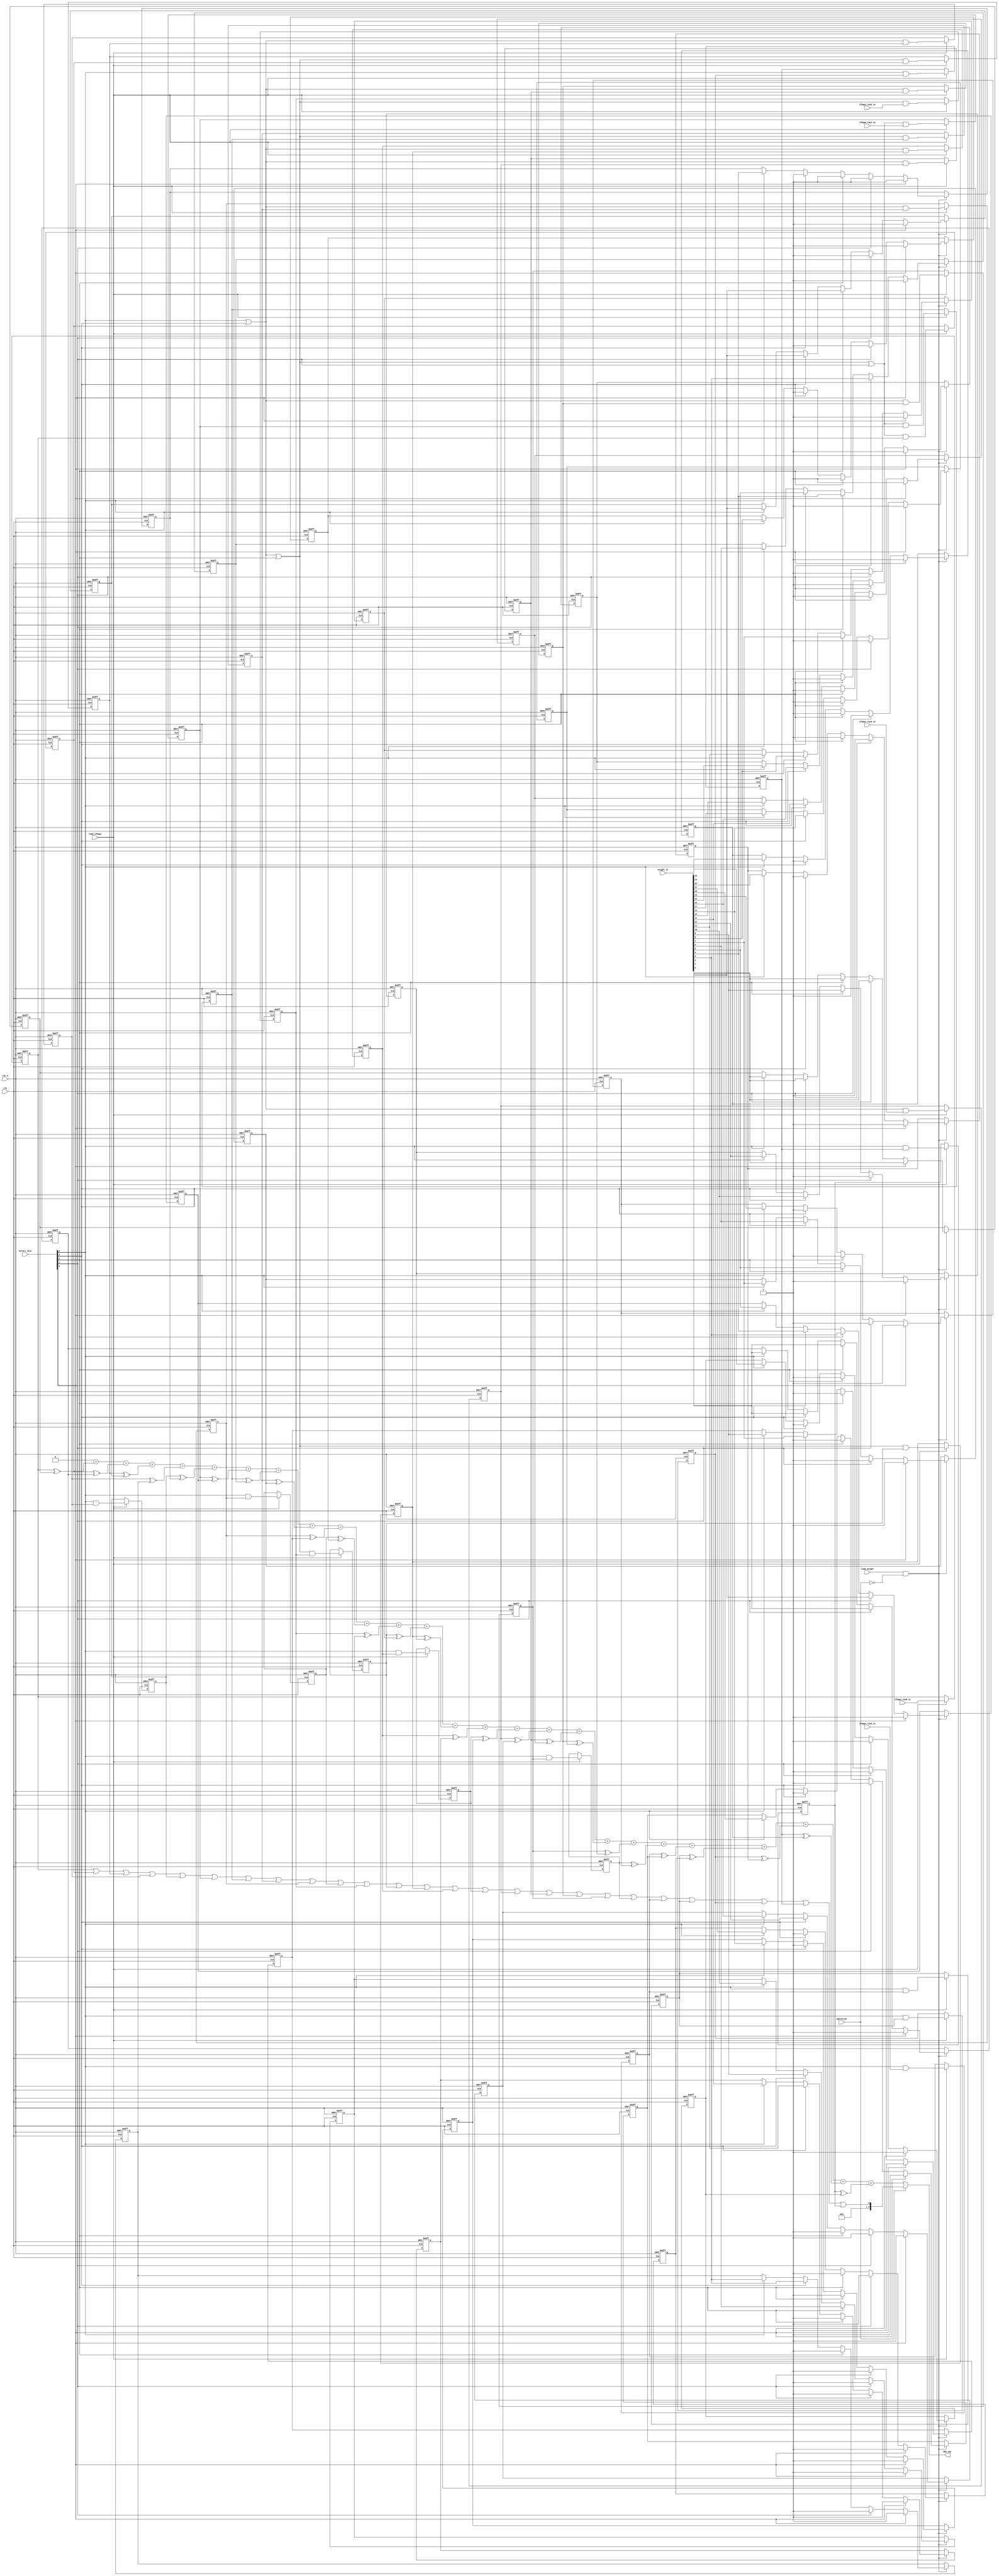
// This program was cloned from: https://github.com/space789/BNN-Hardware-accelerator
// License: MIT License

module ALU_old (
    //global
    input clk,
    input rst_n,

    //data
    input wire ifmaps_row0_in,
    input wire ifmaps_row1_in,
    input wire ifmaps_row2_in,
    input wire ifmaps_row3_in,
    input wire ifmaps_row4_in,

    input wire [24:0] weight_in,

    output wire [4:0] MAC_out,

    //control
    input wire load_ifmaps,
    input wire load_weight,

    input wire operation,
    input wire [4:0] kernel_size

);
    integer idx;

    reg ifmaps_reg_00,ifmaps_reg_01,ifmaps_reg_02,ifmaps_reg_03,ifmaps_reg_04;
    reg ifmaps_reg_10,ifmaps_reg_11,ifmaps_reg_12,ifmaps_reg_13,ifmaps_reg_14;
    reg ifmaps_reg_20,ifmaps_reg_21,ifmaps_reg_22,ifmaps_reg_23,ifmaps_reg_24;
    reg ifmaps_reg_30,ifmaps_reg_31,ifmaps_reg_32,ifmaps_reg_33,ifmaps_reg_34;
    reg ifmaps_reg_40,ifmaps_reg_41,ifmaps_reg_42,ifmaps_reg_43,ifmaps_reg_44;

    reg weight_reg_00,weight_reg_01,weight_reg_02,weight_reg_03,weight_reg_04;
    reg weight_reg_10,weight_reg_11,weight_reg_12,weight_reg_13,weight_reg_14;
    reg weight_reg_20,weight_reg_21,weight_reg_22,weight_reg_23,weight_reg_24;
    reg weight_reg_30,weight_reg_31,weight_reg_32,weight_reg_33,weight_reg_34;
    reg weight_reg_40,weight_reg_41,weight_reg_42,weight_reg_43,weight_reg_44;

    wire [24:0] xnor_op;
    reg [4:0] bitcount;

    wire pooling;
    assign pooling= ifmaps_reg_00|ifmaps_reg_01|ifmaps_reg_02|ifmaps_reg_03|ifmaps_reg_04|
                    ifmaps_reg_10|ifmaps_reg_11|ifmaps_reg_12|ifmaps_reg_13|ifmaps_reg_14|
                    ifmaps_reg_20|ifmaps_reg_21|ifmaps_reg_22|ifmaps_reg_23|ifmaps_reg_24|
                    ifmaps_reg_30|ifmaps_reg_31|ifmaps_reg_32|ifmaps_reg_33|ifmaps_reg_34|
                    ifmaps_reg_40|ifmaps_reg_41|ifmaps_reg_42|ifmaps_reg_43|ifmaps_reg_44;

    assign MAC_out = operation ? {4'd0,pooling}:bitcount;//pooling isnt implement

    wire kenel_2,kenel_3,kenel_4,kenel_5;
    assign kenel_2=(kernel_size[4]|kernel_size[3]|kernel_size[2]|kernel_size[1]);
    assign kenel_3=(kernel_size[4]|kernel_size[3]|kernel_size[2]);
    assign kenel_4=(kernel_size[4]|kernel_size[3]);
    assign kenel_5=(kernel_size[4]);

    assign xnor_op[0] = ifmaps_reg_00 ^~ weight_reg_00;
    assign xnor_op[1] = ifmaps_reg_01 ^~ weight_reg_01;
    assign xnor_op[2] = ifmaps_reg_02 ^~ weight_reg_02;
    assign xnor_op[3] = ifmaps_reg_03 ^~ weight_reg_03;
    assign xnor_op[4] = ifmaps_reg_04 ^~ weight_reg_04;

    assign xnor_op[5] = ifmaps_reg_10 ^~ weight_reg_10;
    assign xnor_op[6] = ifmaps_reg_11 ^~ weight_reg_11;
    assign xnor_op[7] = ifmaps_reg_12 ^~ weight_reg_12;
    assign xnor_op[8] = ifmaps_reg_13 ^~ weight_reg_13;
    assign xnor_op[9] = ifmaps_reg_14 ^~ weight_reg_14;

    assign xnor_op[10] = ifmaps_reg_20 ^~ weight_reg_20;
    assign xnor_op[11] = ifmaps_reg_21 ^~ weight_reg_21;
    assign xnor_op[12] = ifmaps_reg_22 ^~ weight_reg_22;
    assign xnor_op[13] = ifmaps_reg_23 ^~ weight_reg_23;
    assign xnor_op[14] = ifmaps_reg_24 ^~ weight_reg_24;

    assign xnor_op[15] = ifmaps_reg_30 ^~ weight_reg_30;
    assign xnor_op[16] = ifmaps_reg_31 ^~ weight_reg_31;
    assign xnor_op[17] = ifmaps_reg_32 ^~ weight_reg_32;
    assign xnor_op[18] = ifmaps_reg_33 ^~ weight_reg_33;
    assign xnor_op[19] = ifmaps_reg_34 ^~ weight_reg_34;

    assign xnor_op[20] = ifmaps_reg_40 ^~ weight_reg_40;
    assign xnor_op[21] = ifmaps_reg_41 ^~ weight_reg_41;
    assign xnor_op[22] = ifmaps_reg_42 ^~ weight_reg_42;
    assign xnor_op[23] = ifmaps_reg_43 ^~ weight_reg_43;
    assign xnor_op[24] = ifmaps_reg_44 ^~ weight_reg_44;

    always @(*) begin
        bitcount=0;
        for(idx=0;idx<25;idx=idx+1) begin
            bitcount=bitcount+xnor_op[idx];
        end
    end

    always @(posedge clk or negedge rst_n) begin
        if(!rst_n) begin
            ifmaps_reg_00<=0;
            ifmaps_reg_01<=0;
            ifmaps_reg_02<=0;
            ifmaps_reg_03<=0;
            ifmaps_reg_04<=0;
        end
        else begin
            if(load_ifmaps) begin
                ifmaps_reg_00<=ifmaps_row0_in;
                ifmaps_reg_01<=kenel_2 & ifmaps_reg_00;
                ifmaps_reg_02<=kenel_3 & ifmaps_reg_01;
                ifmaps_reg_03<=kenel_4 & ifmaps_reg_02;
                ifmaps_reg_04<=kenel_5 & ifmaps_reg_03;
            end
        end
    end

    always @(posedge clk or negedge rst_n) begin
        if(!rst_n) begin
            ifmaps_reg_10<=0;
            ifmaps_reg_11<=0;
            ifmaps_reg_12<=0;
            ifmaps_reg_13<=0;
            ifmaps_reg_14<=0;
        end
        else begin
            if(load_ifmaps) begin
                ifmaps_reg_10<=kenel_2 & ifmaps_row1_in;
                ifmaps_reg_11<=kenel_2 & ifmaps_reg_10;
                ifmaps_reg_12<=kenel_3 & ifmaps_reg_11;
                ifmaps_reg_13<=kenel_4 & ifmaps_reg_12;
                ifmaps_reg_14<=kenel_5 & ifmaps_reg_13;
            end
        end
    end

    always @(posedge clk or negedge rst_n) begin
        if(!rst_n) begin
            ifmaps_reg_20<=0;
            ifmaps_reg_21<=0;
            ifmaps_reg_22<=0;
            ifmaps_reg_23<=0;
            ifmaps_reg_24<=0;
        end
        else begin
            if(load_ifmaps) begin
                ifmaps_reg_20<=kenel_3 & ifmaps_row2_in;
                ifmaps_reg_21<=kenel_3 & ifmaps_reg_20;
                ifmaps_reg_22<=kenel_3 & ifmaps_reg_21;
                ifmaps_reg_23<=kenel_4 & ifmaps_reg_22;
                ifmaps_reg_24<=kenel_5 & ifmaps_reg_23;
            end
        end
    end

    always @(posedge clk or negedge rst_n) begin
        if(!rst_n) begin
            ifmaps_reg_30<=0;
            ifmaps_reg_31<=0;
            ifmaps_reg_32<=0;
            ifmaps_reg_33<=0;
            ifmaps_reg_34<=0;
        end
        else begin
            if(load_ifmaps) begin
                ifmaps_reg_30<=kenel_4 & ifmaps_row3_in;
                ifmaps_reg_31<=kenel_4 & ifmaps_reg_30;
                ifmaps_reg_32<=kenel_4 & ifmaps_reg_31;
                ifmaps_reg_33<=kenel_4 & ifmaps_reg_32;
                ifmaps_reg_34<=kenel_5 & ifmaps_reg_33;
            end
        end
    end

    always @(posedge clk or negedge rst_n) begin
        if(!rst_n) begin
            ifmaps_reg_40<=0;
            ifmaps_reg_41<=0;
            ifmaps_reg_42<=0;
            ifmaps_reg_43<=0;
            ifmaps_reg_44<=0;
        end
        else begin
            if(load_ifmaps) begin
                ifmaps_reg_40<=kenel_5 & ifmaps_row4_in;
                ifmaps_reg_41<=kenel_5 & ifmaps_reg_40;
                ifmaps_reg_42<=kenel_5 & ifmaps_reg_41;
                ifmaps_reg_43<=kenel_5 & ifmaps_reg_42;
                ifmaps_reg_44<=kenel_5 & ifmaps_reg_43;
            end
        end
    end

    always @(posedge clk or negedge rst_n) begin
        if(!rst_n) begin
            weight_reg_00<=1;
            weight_reg_01<=1;
            weight_reg_02<=1;
            weight_reg_03<=1;
            weight_reg_04<=1;
            weight_reg_10<=1;
            weight_reg_11<=1;
            weight_reg_12<=1;
            weight_reg_13<=1;
            weight_reg_14<=1;
            weight_reg_20<=1;
            weight_reg_21<=1;
            weight_reg_22<=1;
            weight_reg_23<=1;
            weight_reg_24<=1;
            weight_reg_30<=1;
            weight_reg_31<=1;
            weight_reg_32<=1;
            weight_reg_33<=1;
            weight_reg_34<=1;
            weight_reg_40<=1;
            weight_reg_41<=1;
            weight_reg_42<=1;
            weight_reg_43<=1;
            weight_reg_44<=1;
        end
        else begin
            if(load_weight & ~operation) begin
                casez (kernel_size)
                    5'b????1:begin
                        weight_reg_00 <= weight_in[0];
                        weight_reg_01 <= 1;
                        weight_reg_02 <= 1;
                        weight_reg_03 <= 1;
                        weight_reg_04 <= 1;

                        weight_reg_10 <= 1;
                        weight_reg_11 <= 1;
                        weight_reg_12 <= 1;
                        weight_reg_13 <= 1;
                        weight_reg_14 <= 1;

                        weight_reg_20 <= 1;
                        weight_reg_21 <= 1;
                        weight_reg_22 <= 1;
                        weight_reg_23 <= 1;
                        weight_reg_24 <= 1;

                        weight_reg_30 <= 1;
                        weight_reg_31 <= 1;
                        weight_reg_32 <= 1;
                        weight_reg_33 <= 1;
                        weight_reg_34 <= 1;

                        weight_reg_40 <= 1;
                        weight_reg_41 <= 1;
                        weight_reg_42 <= 1;
                        weight_reg_43 <= 1;
                        weight_reg_44 <= 1;
                    end 
                    5'b???1?:begin
                        weight_reg_00 <= weight_in[0];
                        weight_reg_01 <= weight_in[1];
                        weight_reg_02 <= 1;
                        weight_reg_03 <= 1;
                        weight_reg_04 <= 1;

                        weight_reg_10 <= weight_in[2];
                        weight_reg_11 <= weight_in[3];
                        weight_reg_12 <= 1;
                        weight_reg_13 <= 1;
                        weight_reg_14 <= 1;

                        weight_reg_20 <= 1;
                        weight_reg_21 <= 1;
                        weight_reg_22 <= 1;
                        weight_reg_23 <= 1;
                        weight_reg_24 <= 1;

                        weight_reg_30 <= 1;
                        weight_reg_31 <= 1;
                        weight_reg_32 <= 1;
                        weight_reg_33 <= 1;
                        weight_reg_34 <= 1;

                        weight_reg_40 <= 1;
                        weight_reg_41 <= 1;
                        weight_reg_42 <= 1;
                        weight_reg_43 <= 1;
                        weight_reg_44 <= 1;
                    end
                    5'b??1??:begin
                        weight_reg_00 <= weight_in[0];
                        weight_reg_01 <= weight_in[1];
                        weight_reg_02 <= weight_in[2];
                        weight_reg_03 <= 1;
                        weight_reg_04 <= 1;

                        weight_reg_10 <= weight_in[3];
                        weight_reg_11 <= weight_in[4];
                        weight_reg_12 <= weight_in[5];
                        weight_reg_13 <= 1;
                        weight_reg_14 <= 1;

                        weight_reg_20 <= weight_in[6];
                        weight_reg_21 <= weight_in[7];
                        weight_reg_22 <= weight_in[8];
                        weight_reg_23 <= 1;
                        weight_reg_24 <= 1;

                        weight_reg_30 <= 1;
                        weight_reg_31 <= 1;
                        weight_reg_32 <= 1;
                        weight_reg_33 <= 1;
                        weight_reg_34 <= 1;

                        weight_reg_40 <= 1;
                        weight_reg_41 <= 1;
                        weight_reg_42 <= 1;
                        weight_reg_43 <= 1;
                        weight_reg_44 <= 1;
                    end
                    5'b?1???:begin
                        weight_reg_00 <= weight_in[0];
                        weight_reg_01 <= weight_in[1];
                        weight_reg_02 <= weight_in[2];
                        weight_reg_03 <= weight_in[3];
                        weight_reg_04 <= 1;

                        weight_reg_10 <= weight_in[4];
                        weight_reg_11 <= weight_in[5];
                        weight_reg_12 <= weight_in[6];
                        weight_reg_13 <= weight_in[7];
                        weight_reg_14 <= 1;

                        weight_reg_20 <= weight_in[8];
                        weight_reg_21 <= weight_in[9];
                        weight_reg_22 <= weight_in[10];
                        weight_reg_23 <= weight_in[11];
                        weight_reg_24 <= 1;

                        weight_reg_30 <= weight_in[12];
                        weight_reg_31 <= weight_in[13];
                        weight_reg_32 <= weight_in[14];
                        weight_reg_33 <= weight_in[15];
                        weight_reg_34 <= 1;

                        weight_reg_40 <= 1;
                        weight_reg_41 <= 1;
                        weight_reg_42 <= 1;
                        weight_reg_43 <= 1;
                        weight_reg_44 <= 1;
                    end
                    5'b1????:begin
                        weight_reg_00 <= weight_in[0];
                        weight_reg_01 <= weight_in[1];
                        weight_reg_02 <= weight_in[2];
                        weight_reg_03 <= weight_in[3];
                        weight_reg_04 <= weight_in[4];

                        weight_reg_10 <= weight_in[5];
                        weight_reg_11 <= weight_in[6];
                        weight_reg_12 <= weight_in[7];
                        weight_reg_13 <= weight_in[8];
                        weight_reg_14 <= weight_in[9];

                        weight_reg_20 <= weight_in[10];
                        weight_reg_21 <= weight_in[11];
                        weight_reg_22 <= weight_in[12];
                        weight_reg_23 <= weight_in[13];
                        weight_reg_24 <= weight_in[14];

                        weight_reg_30 <= weight_in[15];
                        weight_reg_31 <= weight_in[16];
                        weight_reg_32 <= weight_in[17];
                        weight_reg_33 <= weight_in[18];
                        weight_reg_34 <= weight_in[19];

                        weight_reg_40 <= weight_in[20];
                        weight_reg_41 <= weight_in[21];
                        weight_reg_42 <= weight_in[22];
                        weight_reg_43 <= weight_in[23];
                        weight_reg_44 <= weight_in[24];
                    end
                    default: begin
                        weight_reg_00 <= weight_reg_00;
                        weight_reg_01 <= weight_reg_01;
                        weight_reg_02 <= weight_reg_02;
                        weight_reg_03 <= weight_reg_03;
                        weight_reg_04 <= weight_reg_04;

                        weight_reg_10 <= weight_reg_10;
                        weight_reg_11 <= weight_reg_11;
                        weight_reg_12 <= weight_reg_12;
                        weight_reg_13 <= weight_reg_13;
                        weight_reg_14 <= weight_reg_14;

                        weight_reg_20 <= weight_reg_20;
                        weight_reg_21 <= weight_reg_21;
                        weight_reg_22 <= weight_reg_22;
                        weight_reg_23 <= weight_reg_23;
                        weight_reg_24 <= weight_reg_24;

                        weight_reg_30 <= weight_reg_30;
                        weight_reg_31 <= weight_reg_31;
                        weight_reg_32 <= weight_reg_32;
                        weight_reg_33 <= weight_reg_33;
                        weight_reg_34 <= weight_reg_34;

                        weight_reg_40 <= weight_reg_40;
                        weight_reg_41 <= weight_reg_41;
                        weight_reg_42 <= weight_reg_42;
                        weight_reg_43 <= weight_reg_43;
                        weight_reg_44 <= weight_reg_44;

                    end
                endcase
            end
        end
    end



endmodule //MAC